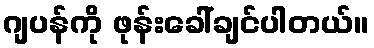
ဂျပန်ကို ဖုန်းခေါ်ချင်ပါတယ်။